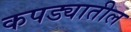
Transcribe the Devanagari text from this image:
कपड्यातील